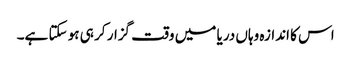
اس کا اندازہ وہاں دریا میں وقت گزار کر ہی ہو سکتا ہے۔